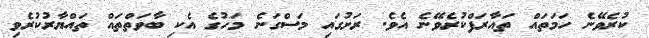
ކުރެވޭނެ ހަމަތައް ތައާރަފްކުރެވޭނެ އެވެ. ރަށުގައި މަސްގަނެ މަހުގެ އެކި ބާވަތްތައް ތައްޔާރުކުރެވި